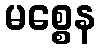
မစ္စေန